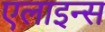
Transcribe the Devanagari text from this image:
एलाइन्स